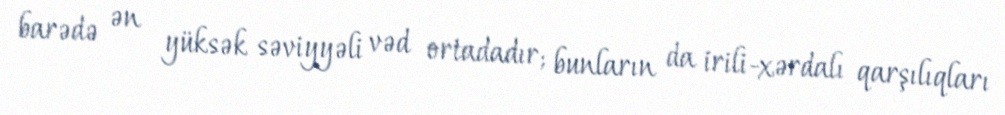
barədə ən yüksək səviyyəli vəd ortadadır; bunların da irili-xərdalı qarşılıqları